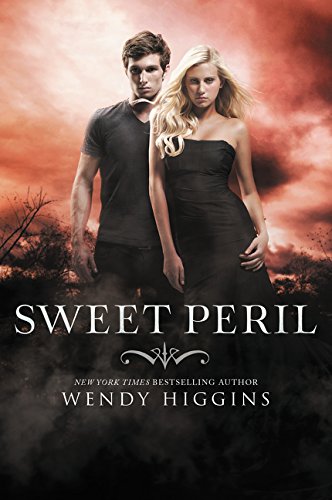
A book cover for Sweet Peril (Sweet Evil); Wendy Higgins; Teen & Young Adult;